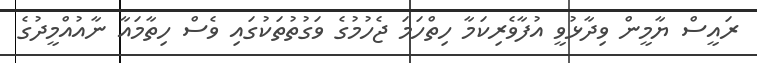
ރައީސް ޔާމީން ވިދާޅުވީ އުފާވެރިކަމާ ހިތްހަމަ ޖެހުމުގެ ވަގުތުތަކުގައި ވެސް ހިތާމައާ ނާއުއްމީދުގެ